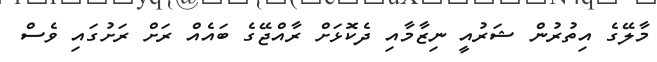
މާލޭގެ އިތުރުން ޝަރުއީ ނިޒާމާއި ދެކޮޅަށް ރާއްޖޭގެ ބައެއް ރަށް ރަށުގައި ވެސް